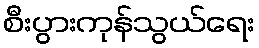
စီးပွားကုန်သွယ်ရေး